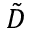
\tilde { D }